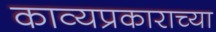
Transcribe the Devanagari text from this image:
काव्यप्रकाराच्या